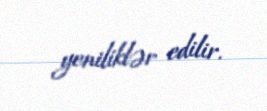
yeniliklər edilir.